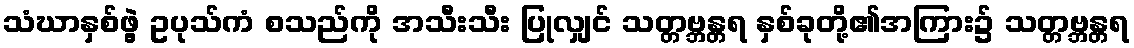
သံဃာနှစ်ဖွဲ့ ဥပုသ်ကံ စသည်ကို အသီးသီး ပြုလျှင် သတ္တဗ္ဘန္တရ နှစ်ခုတို့၏အကြား၌ သတ္တဗ္ဘန္တရ